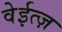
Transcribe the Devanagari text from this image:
वेईत्ज़